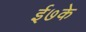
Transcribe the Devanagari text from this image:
ई७के